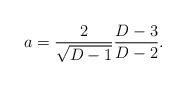
LaTeX: \begin{align*}a={2\over\sqrt{D-1}}{{D-3}\over{D-2}}.\end{align*}